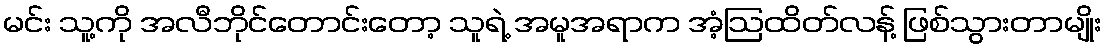
မင်း သူ့ကို အလီဘိုင်တောင်းတော့ သူရဲ့ အမူအရာက အံ့ဩထိတ်လန့် ဖြစ်သွားတာမျိုး